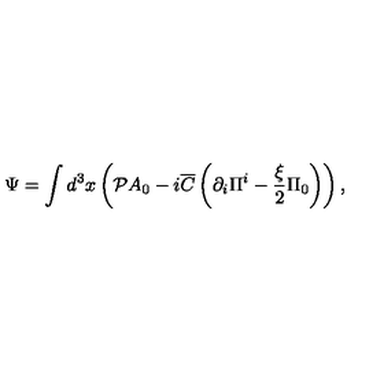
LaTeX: \Psi = \int { d ^ { 3 } x } \left( { { \cal P } A _ { 0 } - i { \overline { C } } \left( { \partial _ { i } \Pi ^ { i } - \frac { \xi } { 2 } \Pi _ { 0 } } \right) } \right) ,